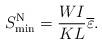
LaTeX: \begin{align*}{S_{\min }^{\rm{N}}} = \frac{{WI}}{{KL}}\overline \varepsilon.\end{align*}